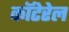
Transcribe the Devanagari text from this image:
कॉटेरेल